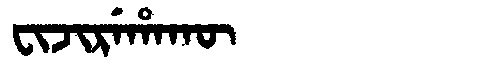
Manchu: ᠸᡳᠵᡳᡵᡝᡥᠠᡴᡡ
Romanization: FIJIREHAKŪ